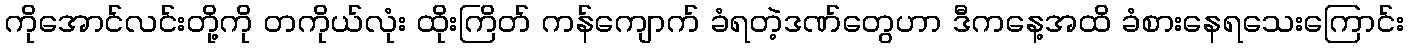
ကိုအောင်လင်းတို့ကို တကိုယ်လုံး ထိုးကြိတ် ကန်ကျောက် ခံရတဲ့ဒဏ်တွေဟာ ဒီကနေ့အထိ ခံစားနေရသေးကြောင်း